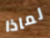
لماذا